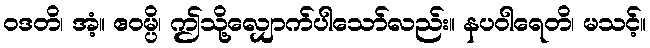
ဝဒတိ၊ အံ့။ ဧဝမ္ပိ၊ ဤသို့လျှောက်ပါသော်လည်း။ နပဝါရေတိ၊ မသင့်။